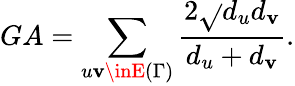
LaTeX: GA=\sum_{u\mathbf{v}\inE{(\Gamma)}}\frac{{2\sqrt{}{{d_{u}d_{\mathbf{v}}}}}}{{d_{u}+d_{\mathbf{v}}}}.